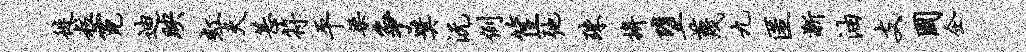
徙粒霓迪映虹夫甚符平梁争奖沅例筐弛珠拚堕蔑九匿渐油支国企